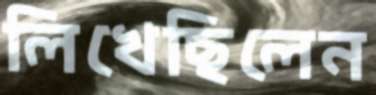
লিখেছিলেন